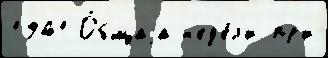
1941 О́бщаjа н'ед'е́л'и пр'и